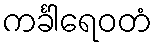
ကင်္ခါရေဝတံ